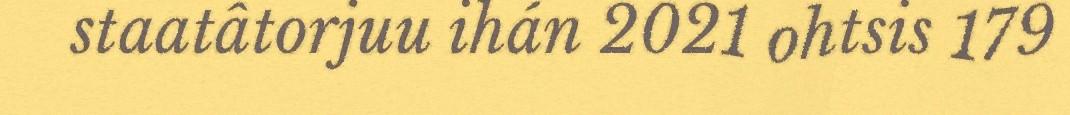
staatâtorjuu ihán 2021 ohtsis 179